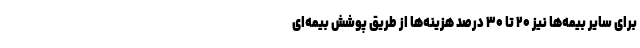
برای سایر بیمه‌ها نیز ۲۰ تا ۳۰ درصد هزینه‌ها از طریق پوشش بیمه‌ای